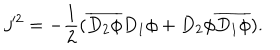
j ^ { 2 } = - \frac { 1 } { 2 } ( \overline { { { D _ { 2 } \phi } } } D _ { 1 } \phi + D _ { 2 } \phi \overline { { { D _ { 1 } \phi } } } ) .